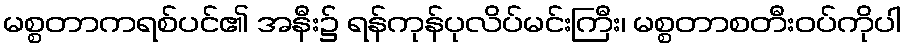
မစ္စတာကရစ်ပင်၏ အနီး၌ ရန်ကုန်ပုလိပ်မင်းကြီး၊ မစ္စတာစတီးဝပ်ကိုပါ